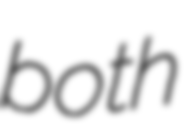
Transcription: both